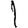
Digit: 1